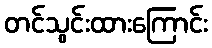
တင်သွင်းထားကြောင်း